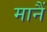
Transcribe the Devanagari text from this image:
मानैं